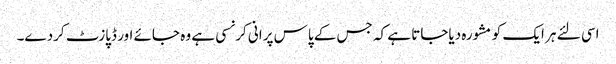
اسی لئے ہر ایک کو مشورہ دیاجاتا ہے کہ جس کے پاس پرانی کرنسی ہے وہ جائے اور ڈپازٹ کردے۔